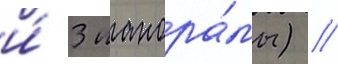
и́ 3 панора́мы) //